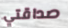
صداقتي